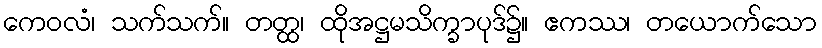
ကေဝလံ၊ သက်သက်။ တတ္ထ၊ ထိုအဋ္ဌမသိက္ခာပုဒ်၌။ ဧကဿ၊ တယောက်သော